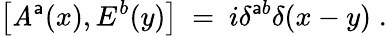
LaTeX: \left[\mathit{A}^{\mathsf{a}}(x),E^{b}(y)\right]~=~i\delta^{\mathsf{a}b}\delta(x-y)\; .